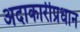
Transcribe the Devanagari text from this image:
अदाकारीप्रधान